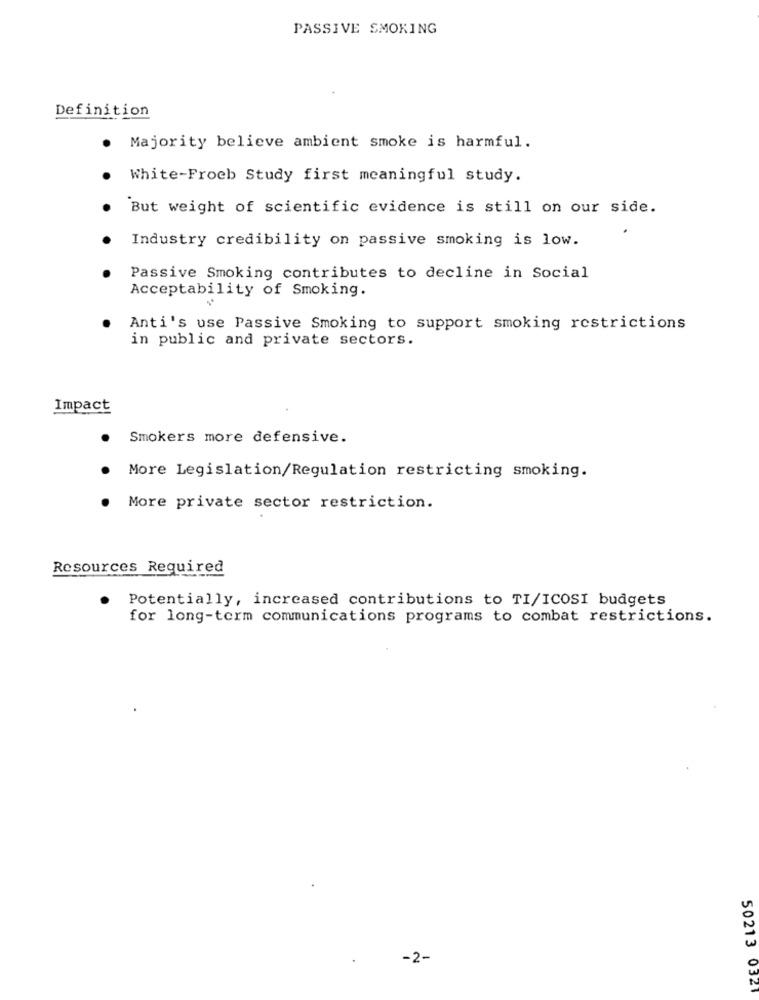
PASSIVE SMOKING
Definition
Majority believe ambient smoke is harmful.
White-Froeb Study first meaningful study.
But weight of scientific evidence is still on our side.
Industry credibility on passive smoking is low.
Passive Smoking contributes to decline in Social
Acceptability of Smoking.
Anti's use Passive Smoking to support smoking restrictions
in public and private sectors.
Impact
Smokers more defensive.
More Legislation/Regulation restricting smoking.
More private sector restriction.
Resources Required
Potentially, increased contributions to TI/ICOSI budgets
for long-term communications programs to combat restrictions.
-2-
50213 0321